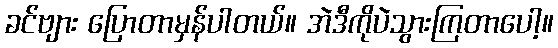
ခင်ဗျား ပြောတာမှန်ပါတယ်။ အဲဒီကိုပဲသွားကြတာပေါ့။